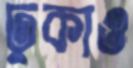
ঢুকাও